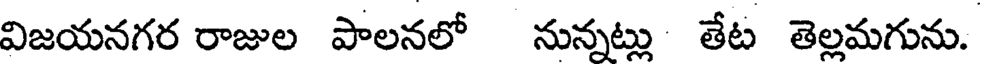
విజయనగర రాజుల పాలనలో నున్నట్లు తేట తెల్లమగును.